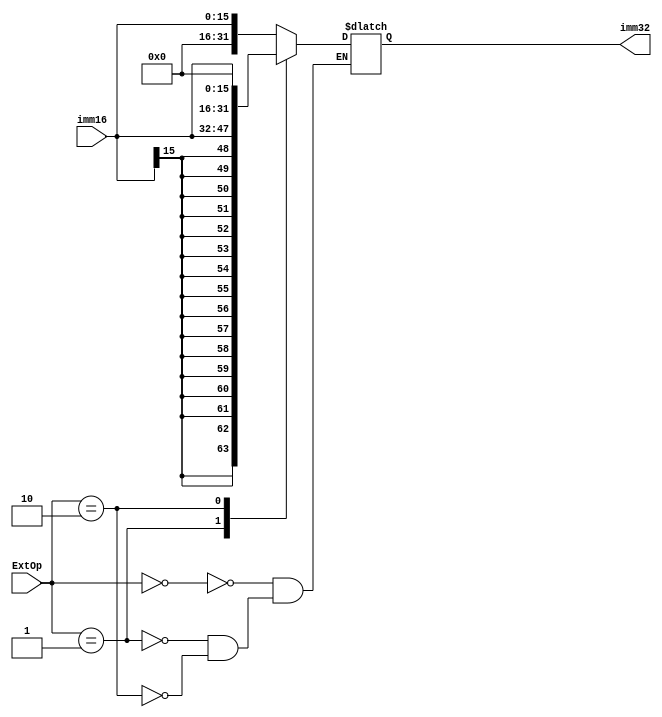
module EXT(
  input [15:0] imm16, 
  input [1:0] ExtOp, 
  output reg [31:0] imm32);

always @(*) 
begin
  case (ExtOp)
    2'b00:  //Zero extend
      imm32 <= {{16{1'b0}}, imm16[15:0]};
    2'b01:  //Sign extend
      imm32 <= {{16{imm16[15]}}, imm16[15:0]};
    2'b10:  //lui
      imm32 <= {imm16[15:0], {16{1'b0}}};
  endcase
end
endmodule